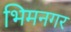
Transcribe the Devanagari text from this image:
भिमनगर